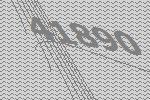
41890